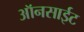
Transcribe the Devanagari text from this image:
ऑनसाईट